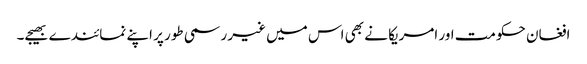
افغان حکومت اور امریکا نے بھی اس میں غیر رسمی طور پر اپنے نمائندے بھیجے۔